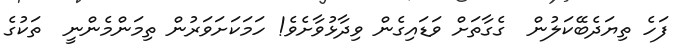
ފަހެ ތިޔަދެބޭކަލުން  ގެގާތަށް ވަޑައިގެން ވިދާޅުވާށެވެ! ހަމަކަށަވަރުން ތިމަންމެންނީ  ތަކުގެ